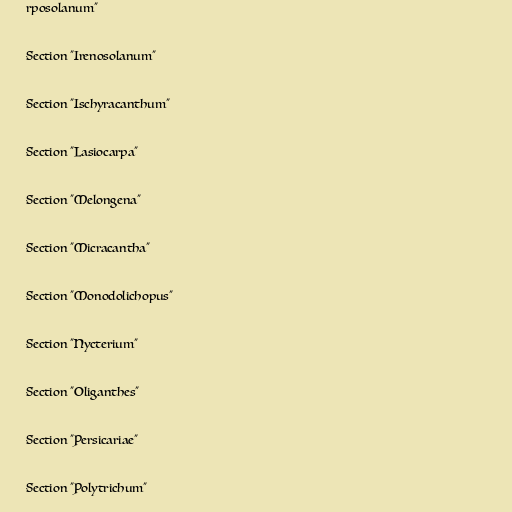
rposolanum"

Section "Irenosolanum"

Section "Ischyracanthum"

Section "Lasiocarpa"

Section "Melongena"

Section "Micracantha"

Section "Monodolichopus"

Section "Nycterium"

Section "Oliganthes"

Section "Persicariae"

Section "Polytrichum"